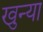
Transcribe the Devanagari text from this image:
खुन्या